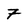
Character: 7